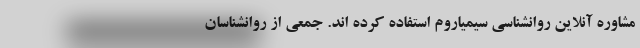
مشاوره آنلاین روانشناسی سیمیاروم استفاده کرده اند. جمعی از روانشناسان